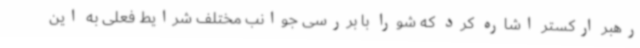
رهبر ارکستر اشاره کرد که شورا با بررسی جوانب مختلف شرایط فعلی به این